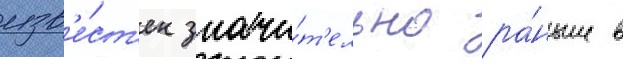
изв'е́ст'ен значи́т'ельно ра́ньше в